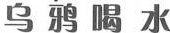
乌鸦喝水